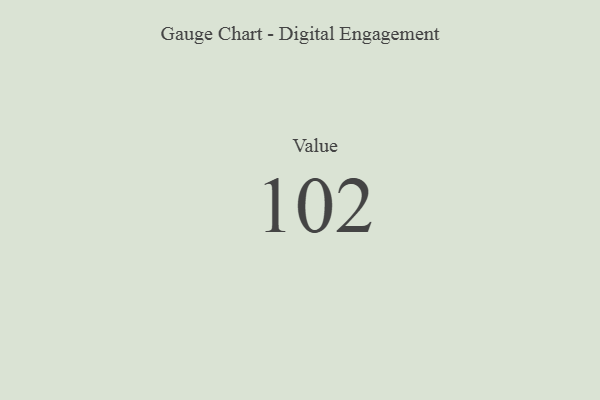
{"axis": {"x": "Metric", "y": "Value"}, "legend": [""], "data": [{"x": "Value", "y": 102, "type": ""}]}